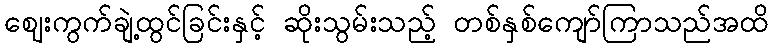
ဈေးကွက်ချဲ့ထွင်ခြင်းနှင့် ဆိုးသွမ်းသည့် တစ်နှစ်ကျော်ကြာသည်အထိ